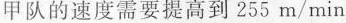
甲队的速度需要提高到255m/min